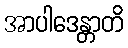
အာပါဒေန္တာတိ